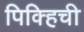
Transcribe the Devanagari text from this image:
पिक्हिची